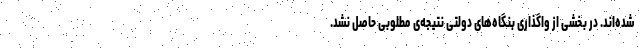
شده‌اند. در بخشی از واگذاری بنگاه‌های دولتی نتیجه‌ی مطلوبی حاصل نشد.